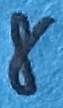
Text: 8